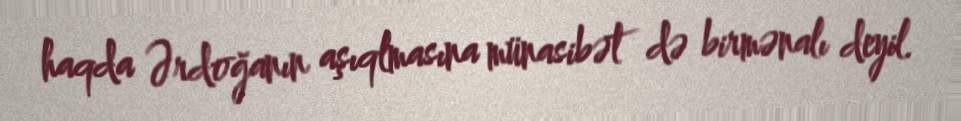
haqda Ərdoğanın aşıqlmasına münasibət də birmənalı deyil.